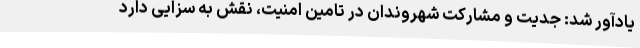
یادآور شد: جدیت و مشارکت شهروندان در تامین امنیت، نقش به سزایی دارد